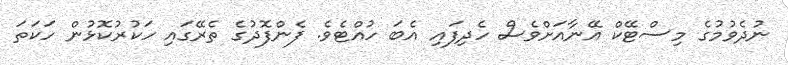
ނުދެވުމުގެ މިސްޓޭކް އޭނާއަށްވެސް ހެދިފައި އެބަ ހުއްޓެވެ. ފެންފޮދުގެ ތެރޭގައި ހަކުރުކޮޅުން ހަކަތަ